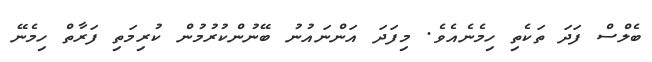
ބެލްސް ފަދަ ތަކެތި ހިމެނެއެވެ. މިފަދަ އަންނައުނު ބޭނުންކުރުމުން ކުރިމަތި ފަރާތް ހިމެނޭ